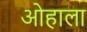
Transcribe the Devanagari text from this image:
ओहाला